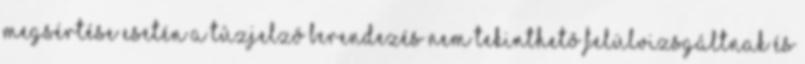
megsértése esetén a tûzjelzõ berendezés nem tekinthetõ felülvizsgáltnak és